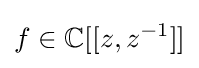
f\in \mathbb {C} [[z,z^{-1}]]